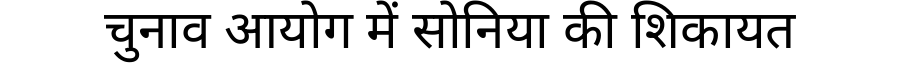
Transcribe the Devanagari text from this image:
चुनाव आयोग में सोनिया की शिकायत